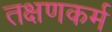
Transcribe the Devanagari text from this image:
तक्षणकर्म